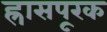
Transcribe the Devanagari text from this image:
ह्रासपूरक